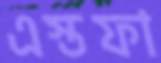
এস্তফা